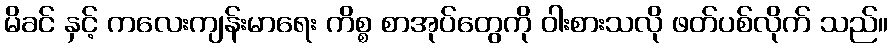
မိခင် နှင့် ကလေးကျန်းမာရေး ကိစ္စ စာအုပ်တွေကို ဝါးစားသလို ဖတ်ပစ်လိုက် သည်။